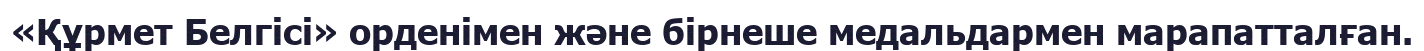
«Құрмет Белгісі» орденімен және бірнеше медальдармен марапатталған.